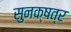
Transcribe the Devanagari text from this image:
सुनक्षत्र